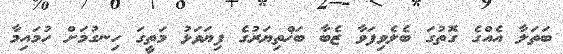
ބަތަލާ އެއްގެ ގޮތުގަ ބެލެވިފަވާ ޒެބާ ބަޚްތިޔަރުގެ ފިޔަވަޅު މަތީގަ ހިނގުމަށް ހުމައިމާ